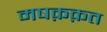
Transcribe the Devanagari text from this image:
मषक़क़त